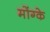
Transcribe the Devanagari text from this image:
मोंग्के